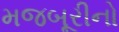
મજબૂરીનો